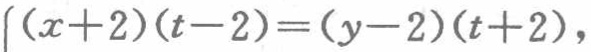
\((x + 2)(t - 2)=(y - 2)(t + 2)\)